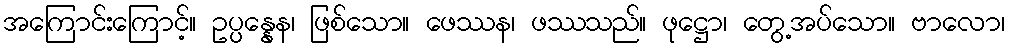
အကြောင်းကြောင့်။ ဥပ္ပန္နေန၊ ဖြစ်သော။ ဖေဿန၊ ဖဿသည်။ ဖုဋ္ဌော၊ တွေ့အပ်သော။ ဗာလော၊